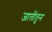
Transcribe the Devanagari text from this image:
जातींतून